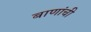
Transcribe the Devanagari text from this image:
बाणांची